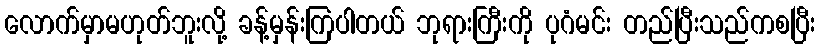
လောက်မှာမဟုတ်ဘူးလို့ ခန့်မှန်းကြပါတယ် ဘုရားကြီးကို ပုဂံမင်း တည်ပြီးသည်ကစပြီး